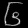
Digit: ၆